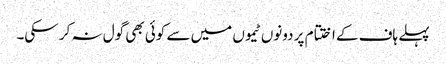
پہلے ہاف کے اختتام پر دونوں ٹیموں میں سے کوئی بھی گول نہ کر سکی۔